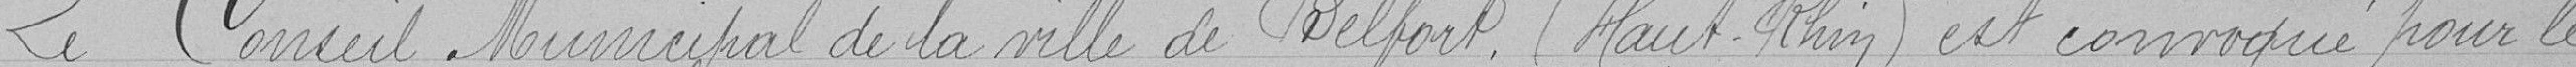
Le Conseil Municipal de la ville de Belfort (Haut-Rhin) est convoqué pour le